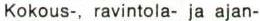
Kokous-, ravintola- ja ajan-